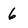
Character: 6